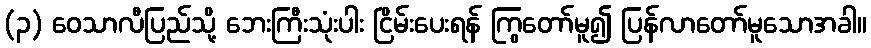
(၃) ဝေသာလီပြည်သို့ ဘေးကြီးသုံးပါး ငြိမ်းပေးရန် ကြွတော်မူ၍ ပြန်လာတော်မူသောအခါ။